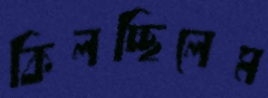
কিলচ্ছিলেম